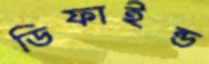
ডিফাইন্ড